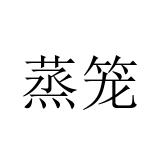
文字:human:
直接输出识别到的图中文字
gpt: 蒸笼